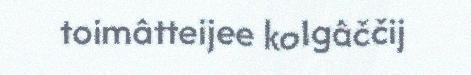
toimâtteijee kolgâččij